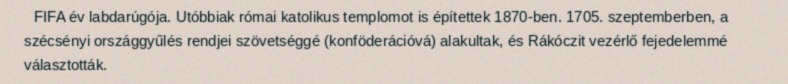
FIFA év labdarúgója. Utóbbiak római katolikus templomot is építettek 1870-ben. 1705. szeptemberben, a szécsényi országgyűlés rendjei szövetséggé (konföderációvá) alakultak, és Rákóczit vezérlő fejedelemmé választották.